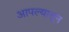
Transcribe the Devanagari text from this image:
आपल्यातून